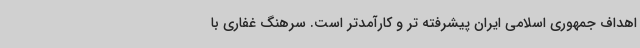
اهداف جمهوری اسلامی ایران پیشرفته تر و کارآمدتر است. سرهنگ غفاری با